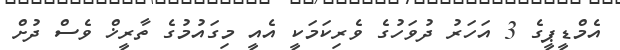
އެމްޑީޕީގެ 3 އަހަރު ދުވަހުގެ ވެރިކަމަކީ އެއީ މިގައުމުގެ ތާރީޚް ވެސް ދުށް